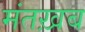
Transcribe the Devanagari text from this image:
मंतख़ब